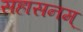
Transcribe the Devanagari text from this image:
सहासनम्